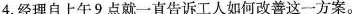
4.经理自上午9点就一直告诉工人如何改善这一方案.